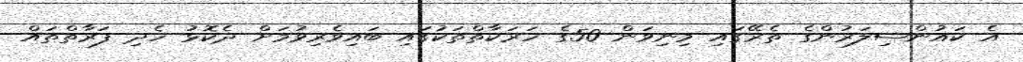
އެ ކައުންސިލަރުންގެ ތެރޭގައި މިނިވަން 50ގެ ހަރަކާތްތަކުގައި ބައިވެރިވުމަށް ދެކޮޅު ހެދި ފަރާތްތައް